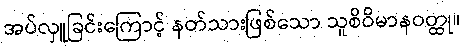
အပ်လှူခြင်းကြောင့် နတ်သားဖြစ်သော သူစိဝိမာနဝတ္ထု။